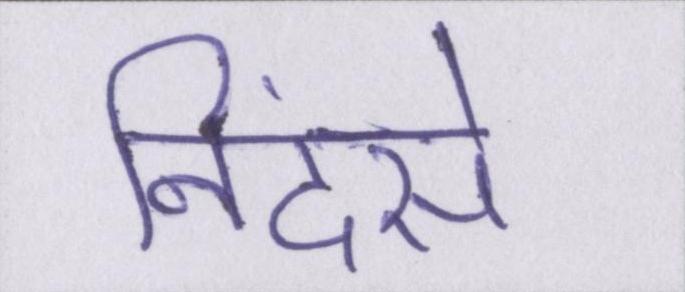
निंदसे